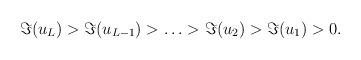
LaTeX: \begin{align*}\Im(u_L)>\Im (u_{L-1})>\ldots >\Im (u_2)>\Im (u_1)>0.\end{align*}